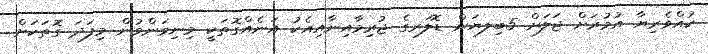
ކުއްވެރިޔާ އުމުރަށް ޖަލަށް 5ބިލޔަން ޑޮލަރގެ ޖުރިމާއިނާއިއެކު އަނެއްގޮތަކީ މިނިވަންވުން މިފަދަ ގޮތަކަށް